Civil Veterinary Department. Madras. Admin. report 1910-25 - 1910-1925
Year: 1910
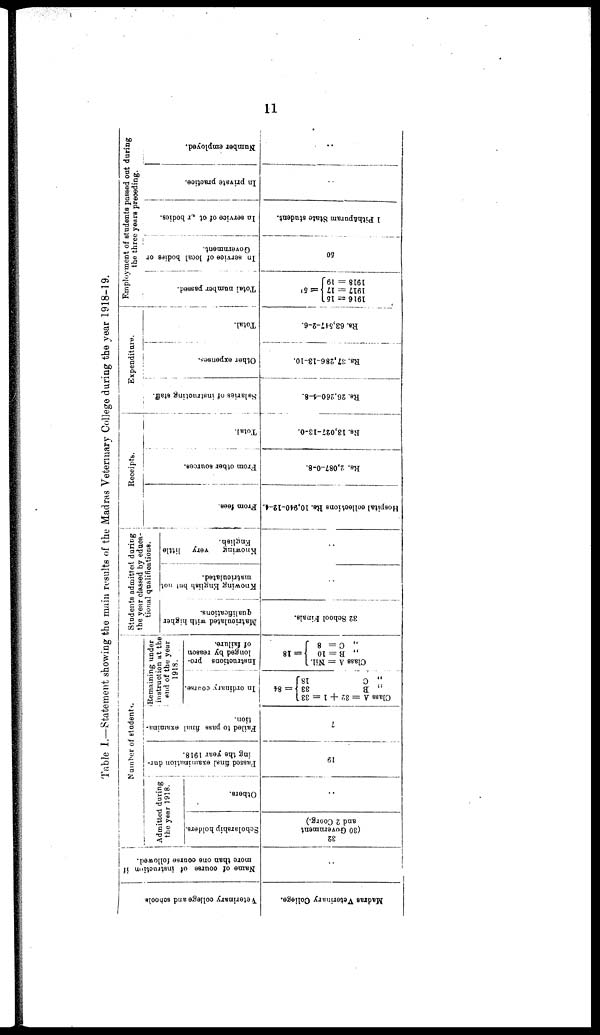
11
Table I.—Statement showing the main results of the Madras Veterinary College during the year 1918-19.
Veterinary college and schools
Madras Veterinary College.
Name of course of instruction if
more than one course followed.
Number of students.
Admitted during
the year 1918.
Scholarship holders.
32
(30 Government
and 2 Coorg.)
Others.
Passed final examination dur-
ing the year 1918.
19
Failed to pass filial examina-
tion.
7
Remaining under
instruction at the
end of the year
1918.
In ordinary course.
Class A = 32 + 1 = 33
„ B
33 = 84
„ C
18.
Instructions pro-
longed by reason
of failure.
Class
A = Nil.
„ B = 10
=18
., C= 8
Students admitted during
the year classed by educa-
tional qualifications.
Matriculated
with higher
qualifications.
32 School Finals.
Knowing English but not
matrionlated.
Knowing
very little
English.
Receipts.
Hospital collections Rs. 10,940-12-4. From fees.
From other sources.
Rs. 2,087-0-8.
Total.
RS. 13,027-13-0.
Expenditure.
Salaries of instructing staff.
Rs. 26,260-4-8.
Other expenses.
Rs.37,286-13-10.
Total.
Rs. 63,547-2-6.
Employment of students passed out during
the three
years
preceding.
Total number passed.
1916 = 16
1917 = 17 = 5
1918= 19
In service
of local bodies or
Government.
50
In service of ot or bodies.
1 Pithapuram State student.
In private practice.
..
Number employed.
..